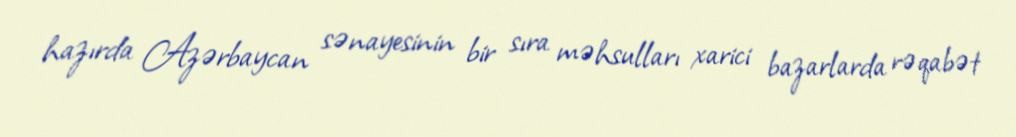
hazırda Azərbaycan sənayesinin bir sıra məhsulları xarici bazarlarda rəqabət